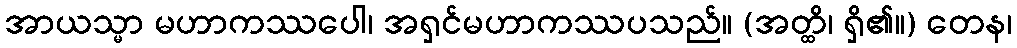
အာယသ္မာ မဟာကဿပေါ၊ အရှင်မဟာကဿပသည်။ (အတ္ထိ၊ ရှိ၏။) တေန၊